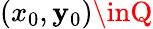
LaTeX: (x_{0},\mathbf{y}_{0})\inQ